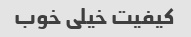
کیفیت خیلی خوب